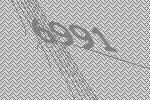
6991